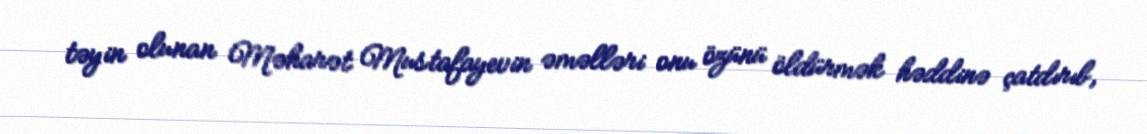
təyin olunan Məharət Mustafayevin əməlləri onu özünü öldürmək həddinə çatdırıb,